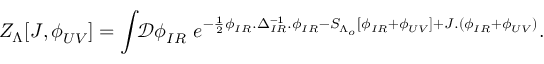
Z _ { \Lambda } [ J , \phi _ { U V } ^ { \phantom { a } } ] = \int \! \! \mathcal { D } \phi _ { I R } ^ { \phantom { a } } \ e ^ { - \frac { 1 } { 2 } \phi _ { I R } ^ { \phantom { - 1 } } . \Delta _ { I R } ^ { - 1 } . \phi _ { I R } ^ { \phantom { - 1 } } - S _ { \Lambda _ { o } } ^ { \phantom { - 1 } } [ \phi _ { I R } ^ { \phantom { - 1 } } + \phi _ { U V } ^ { \phantom { - 1 } } ] + J . ( \phi _ { I R } ^ { \phantom { - 1 } } + \phi _ { U V } ^ { \phantom { - 1 } } ) } .